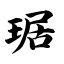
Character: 琚